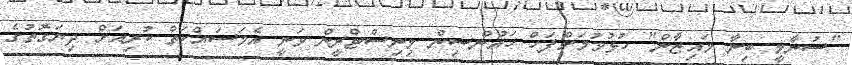
"ސުނާމީ ބިނާ މައިޒާން" ހުޅުވުމަށްފަހް ހައުންސިން މިނިސްޓްރީން ވަނީ އެމަސައްކަތް ކުރިއަށް ދިޔަގޮތުގެ